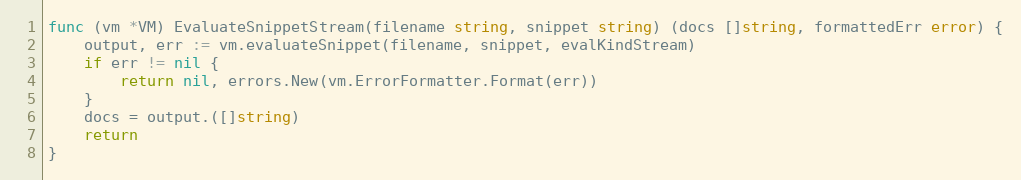
Language: Go
func (vm *VM) EvaluateSnippetStream(filename string, snippet string) (docs []string, formattedErr error) {
	output, err := vm.evaluateSnippet(filename, snippet, evalKindStream)
	if err != nil {
		return nil, errors.New(vm.ErrorFormatter.Format(err))
	}
	docs = output.([]string)
	return
}